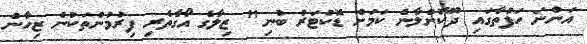
އަންނަ ހަފުތާގައި ދޫކޮށްލާނެ ކަމަށް ޑޮކުޓަރު ބުނި" ޒިލާގެ އޯގާތެރި ފިރުމުންތަކުން ޒިހާން